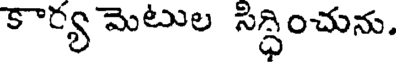
కార్య మెటుల సిద్ధించును.